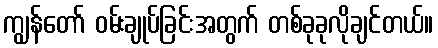
ကျွန်တော် ဝမ်းချုပ်ခြင်းအတွက် တစ်ခုခုလိုချင်တယ်။